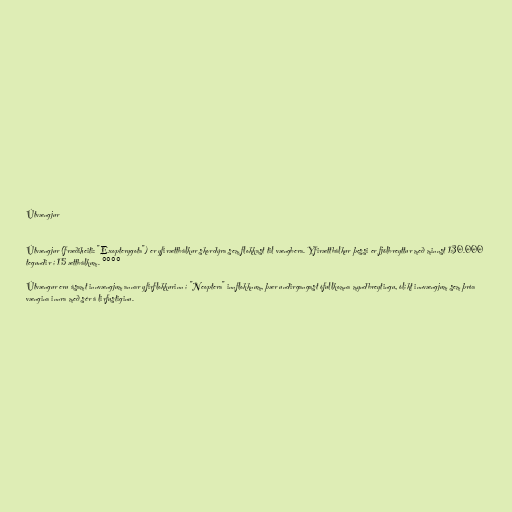
Útvængjur

Útvængjur (fræðiheiti: "Exopterygota") er yfirættbálkur skordýra sem flokkast til vængbera. Yfirættbálkur þessi er fjölbreyttur með minnst 130.000
tegundir í 15 ættbálkum. °°°°

Útvængur eru ásamt innvængjum annar yfirflokkurinn í "Neoptera" innflokknum, þær undirgangast ófullkomna myndbreytingu, ólíkt innvængjum sem þróa
vængina innra með sér á lirfustiginu.